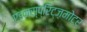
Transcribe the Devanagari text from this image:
एइनस्प्रिट्ज़मोटर